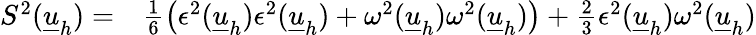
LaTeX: \begin{array}{rl}{S^{2}(\underline{{u}}_{h})=}&{{}\frac{1}{6}\big(\epsilon^{2}(\underline{{u}}_{h})\epsilon^{2}(\underline{{u}}_{h})+\omega^{2}(\underline{{u}}_{h})\omega^{2}(\underline{{u}}_{h})\big)+\frac{2}{3}\epsilon^{2}(\underline{{u}}_{h})\omega^{2}(\underline{{u}}_{h})}\end{array}